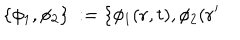
\{ \phi _ { 1 } , \phi _ { 2 } \} \ : = \{ \phi _ { 1 } ( { \bf r } , t ) , \phi _ { 2 } ( { \bf r ^ { \prime } }